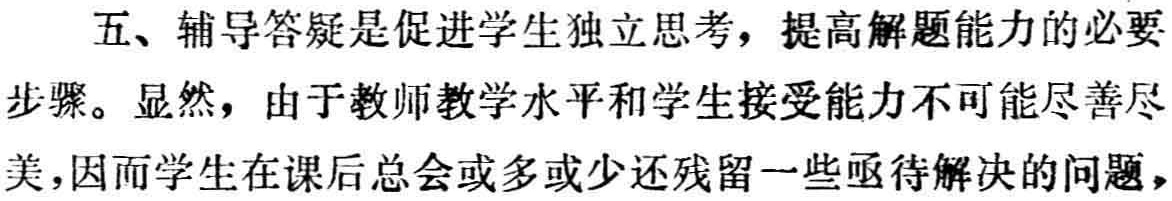
五、辅导答疑是促进学生独立思考，提高解题能力的必要步骤。显然，由于教师教学水平和学生接受能力不可能尽善尽美，因而学生在课后总会或多或少还残留一些亟待解决的问题，